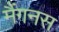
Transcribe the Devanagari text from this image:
मैंगनस